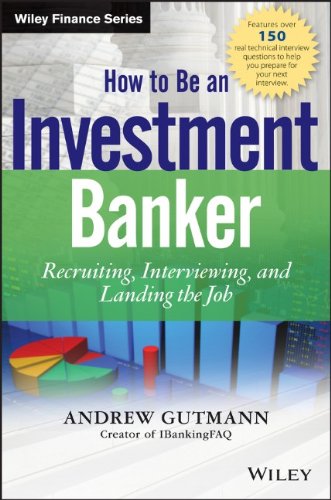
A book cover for How to Be an Investment Banker, + Website: Recruiting, Interviewing, and Landing the Job; Andrew Gutmann; Business & Money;